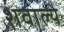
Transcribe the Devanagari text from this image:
शवाल्ये